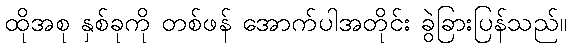
ထိုအစု နှစ်ခုကို တစ်ဖန် အောက်ပါအတိုင်း ခွဲခြားပြန်သည်။